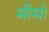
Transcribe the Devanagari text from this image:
मीमो